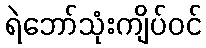
ရဲဘော်သုံးကျိပ်ဝင်